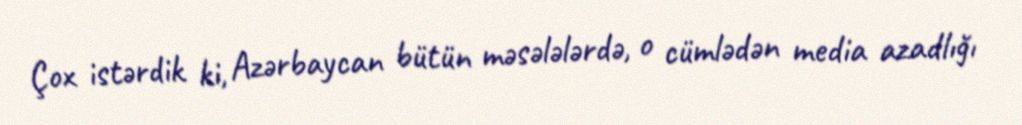
Çox istərdik ki, Azərbaycan bütün məsələlərdə, o cümlədən media azadlığı